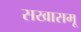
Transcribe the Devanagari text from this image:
सखारामू